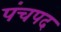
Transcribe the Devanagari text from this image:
पंचपद